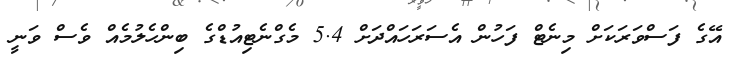
އޭގެ ފަސްވަރަކަށް މިނެޓް ފަހުން އެސަރަހައްދަށް 5.4 މެގްނެޓިއުޑްގެ ބިންހެލުމެއް ވެސް ވަނީ